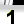
Digit: 1